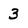
Character: 3